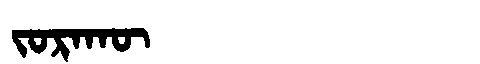
Manchu: ᠵᠣᡵᠠᡴᡡ
Romanization: JORAKŪ